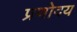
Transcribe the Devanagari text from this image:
प्रणोदय